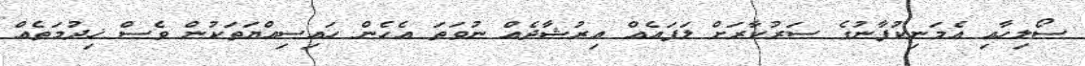
ސޯލިހާއި އެމަނިކުފާނުގެ ސަރުކާރަށް ލަފައެއް އިރުޝާދެއް ނުވަތަ އެހެން ހައިސިއްޔަތަކުން ވެސް ޚިދުމަތެއް